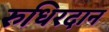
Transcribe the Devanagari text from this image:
रुधिरदान